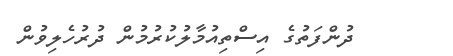
ދުންފަތުގެ އިސްތިއުމާލުކުރުމުން ދުރުހެލިވުން